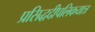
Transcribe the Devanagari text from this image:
प्रसिद्धदीपलिकयात्र